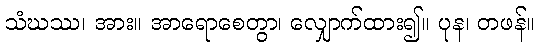
သံဃဿ၊ အား။ အာရောစေတွာ၊ လျှောက်ထား၍။ ပုန၊ တဖန်။